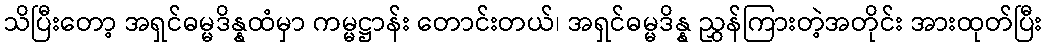
သိပြီးတော့ အရှင်ဓမ္မဒိန္နထံမှာ ကမ္မဋ္ဌာန်း တောင်းတယ်၊ အရှင်ဓမ္မဒိန္န ညွှန်ကြားတဲ့အတိုင်း အားထုတ်ပြီး